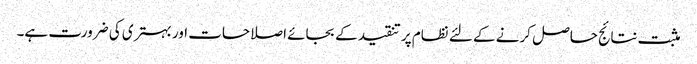
مثبت نتائج حاصل کرنے کے لئے نظام پر تنقید کے بجائے اصلاحات اور بہتری کی ضرورت ہے۔